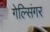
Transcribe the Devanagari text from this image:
गेल्सिंगर